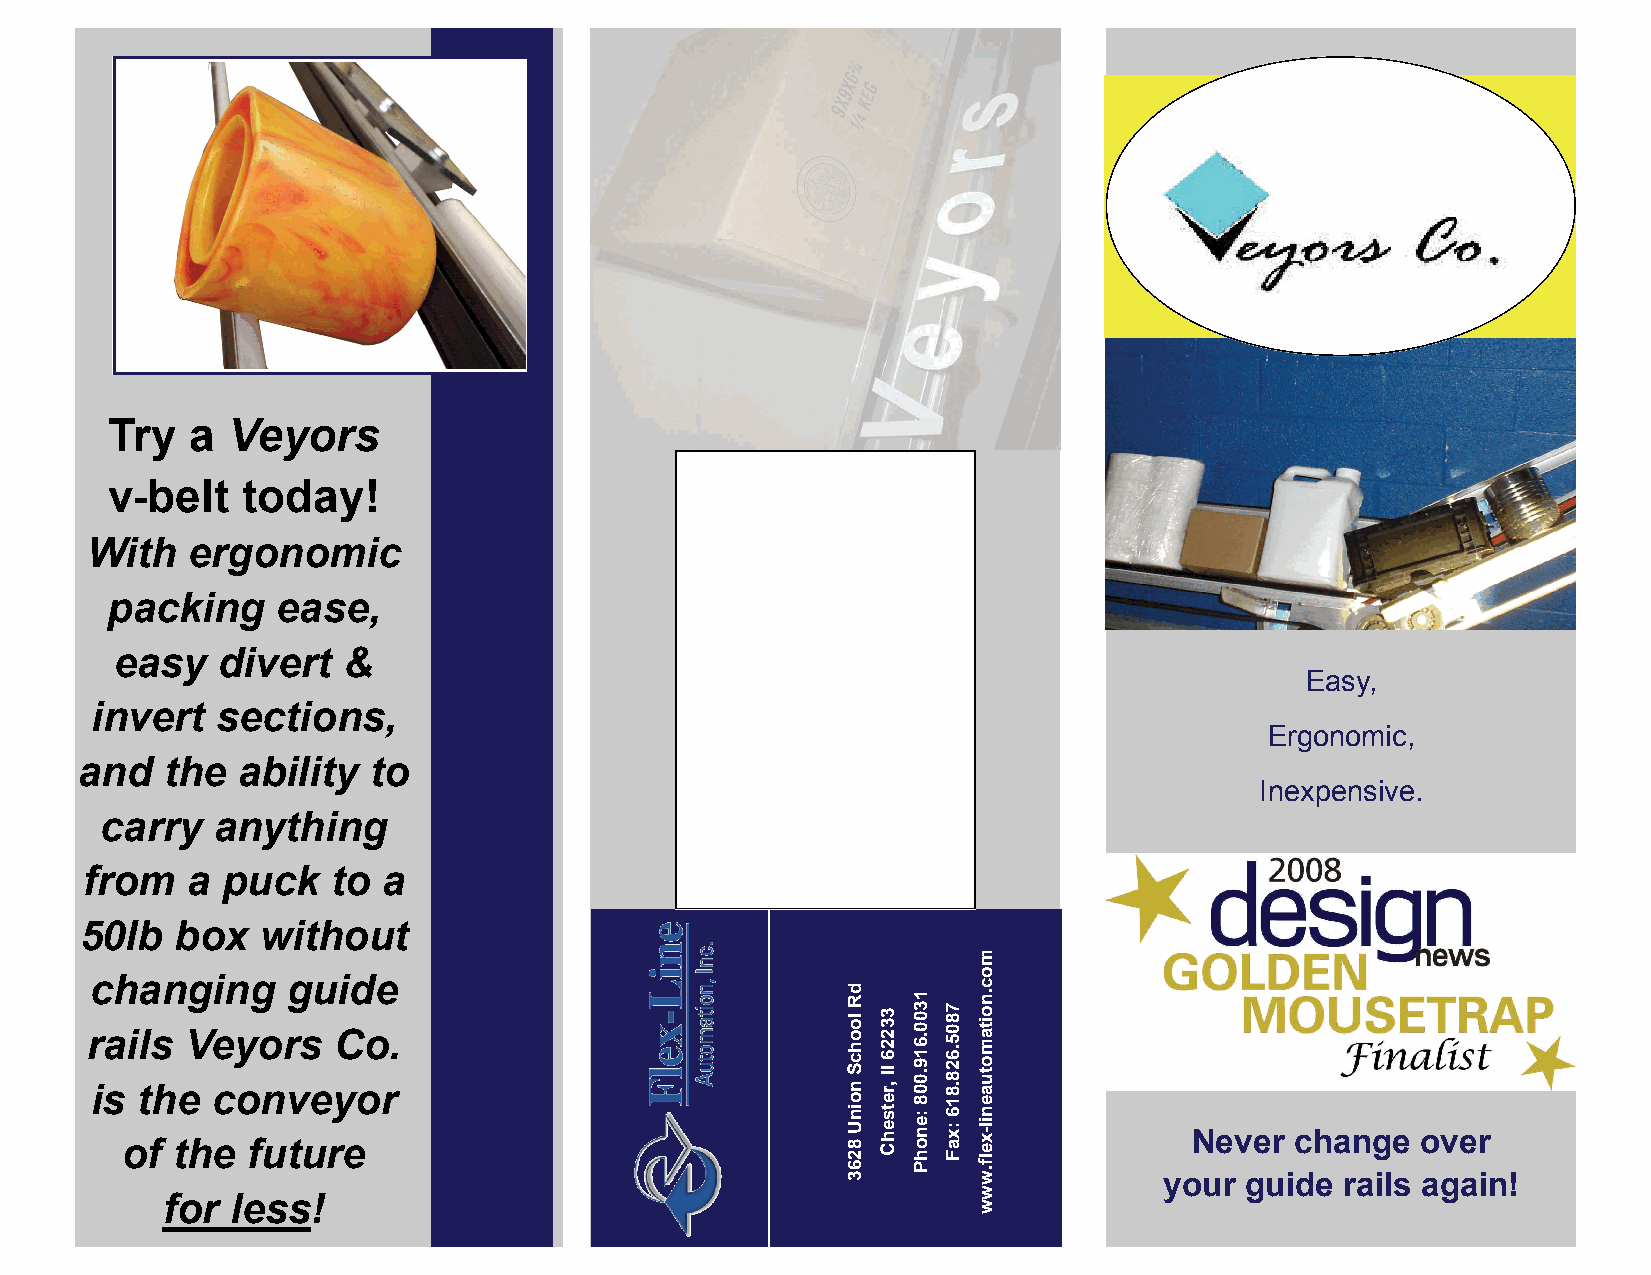
Try   a Veyors
 v -belt  today!
 With  ergonomic
 packing    ease,
 easy  divert   &
 Easy,
 invert  sections,
 Ergonomic,
 and   the  ability to
 Inexpensive.
 carry  anything
 from   a  puck   to a
 50lb   box  without
 changing     guide
 rails Veyors    Co.
 is the  conveyor
 Never  change  over
 of the  future
 your guide  rails again!
 for less!
 dR
 loohcS
 noinU
 8263
 33226
 lI
 ,retsehC
 1300.619.008
 :enohP
 7805.628.816
 :xaF
 moc.noitamotuaenil-xelf.www